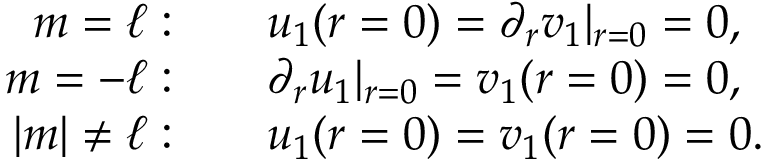
\begin{array} { r l } { m = \ell : } & { { } \quad u _ { 1 } ( r = 0 ) = \partial _ { r } v _ { 1 } | _ { r = 0 } = 0 , } \\ { m = - \ell : } & { { } \quad \partial _ { r } u _ { 1 } | _ { r = 0 } = v _ { 1 } ( r = 0 ) = 0 , } \\ { | m | \neq \ell : } & { { } \quad u _ { 1 } ( r = 0 ) = v _ { 1 } ( r = 0 ) = 0 . } \end{array}